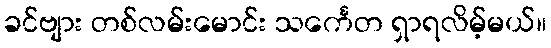
ခင်ဗျား တစ်လမ်းမောင်း သင်္ကေတ ရှာရလိမ့်မယ်။